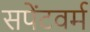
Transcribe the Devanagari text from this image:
सपेंटवर्म